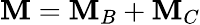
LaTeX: \mathbf{M}=\mathbf{M}_{B}+\mathbf{M}_{C}